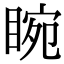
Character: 睕